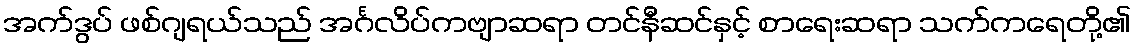
အက်ဒွပ် ဖစ်ဂျရယ်သည် အင်္ဂလိပ်ကဗျာဆရာ တင်နီဆင်နှင့် စာရေးဆရာ သက်ကရေတို့၏